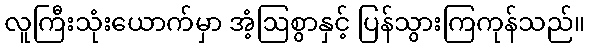
လူကြီးသုံးယောက်မှာ အံ့ဩစွာနှင့် ပြန်သွားကြကုန်သည်။